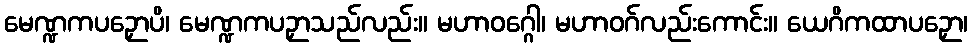
မေဏ္ဍကပဉှောပိ၊ မေဏ္ဍကပဉှာသည်လည်း။ မဟာဝဂ္ဂေါ၊ မဟာဝဂ်လည်းကောင်း။ ယေဂိကထာပဉှော၊